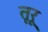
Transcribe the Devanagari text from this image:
तूरू